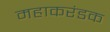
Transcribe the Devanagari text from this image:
महाकरंडक